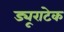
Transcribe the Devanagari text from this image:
ड्यूराटेक